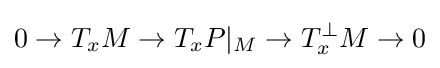
0\rightarrow T_{x}M\rightarrow T_{x}P|_{M}\rightarrow T_{x}^{\perp }M\rightarrow 0